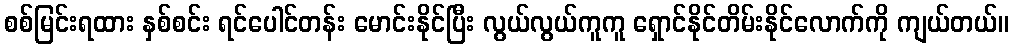
စစ်မြင်းရထား နှစ်စင်း ရင်ပေါင်တန်း မောင်းနိုင်ပြီး လွယ်လွယ်ကူကူ ရှောင်နိုင်တိမ်းနိုင်လောက်ကို ကျယ်တယ်။